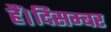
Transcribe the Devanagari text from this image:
हैं।दिसम्बर